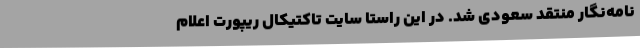
نامه‌نگار منتقد سعودی شد. در این راستا سایت تاکتیکال ریپورت اعلام